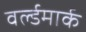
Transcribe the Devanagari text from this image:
वर्ल्डमार्क